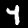
Label: 4